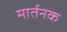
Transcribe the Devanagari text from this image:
मार्तनक